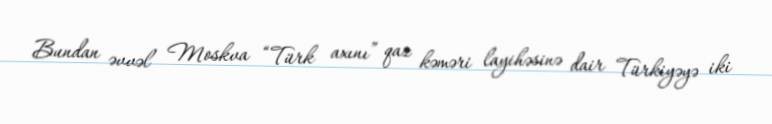
Bundan əvvəl Moskva “Türk axını” qaz kəməri layihəsinə dair Türkiyəyə iki